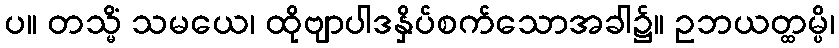
ပ။ တသ္မိံ သမယေ၊ ထိုဗျာပါဒနှိပ်စက်သောအခါ၌။ ဥဘယတ္ထမ္ပိ၊